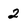
Character: 2